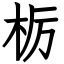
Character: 栃